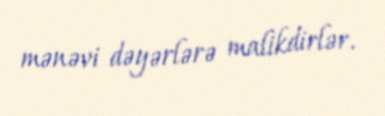
mənəvi dəyərlərə malikdirlər.